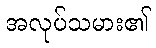
အလုပ်သမား၏